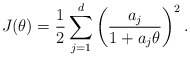
\begin{align*}J(\theta)=\frac{1}{2}\sum_{j=1}^d\left(\frac{a_j}{1+a_j\theta}\right)^2.\end{align*}